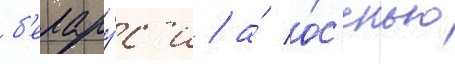
б'елару́с'и / а́ о́с'енью